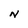
Character: N